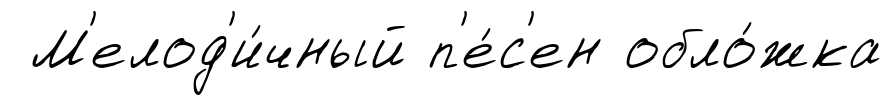
М'елод'и́чный п'е́с'ен обло́жка